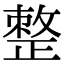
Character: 𢿋